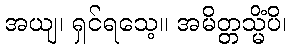
အယျ၊ ရှင်ရသေ့။ အမိတ္တသ္မိံပိ၊